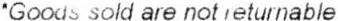
*GOODS SOLD ARE NOT RETURNABLE